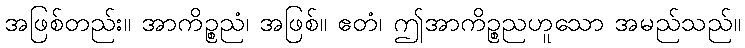
အဖြစ်တည်း။ အာကိဉ္စညံ၊ အဖြစ်။ ဧတံ၊ ဤအာကိဉ္စညဟူသော အမည်သည်။